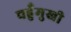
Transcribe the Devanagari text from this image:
चहुँमुखी